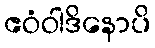
ဧဝံဝါဒိနောပိ